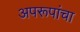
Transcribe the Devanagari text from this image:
अपरूपांचा